Bréfritari: Gunnlaugur Oddsson
Dagsetning: A-1892-02-07
Skrifað á: Glasgow, Skotlandi

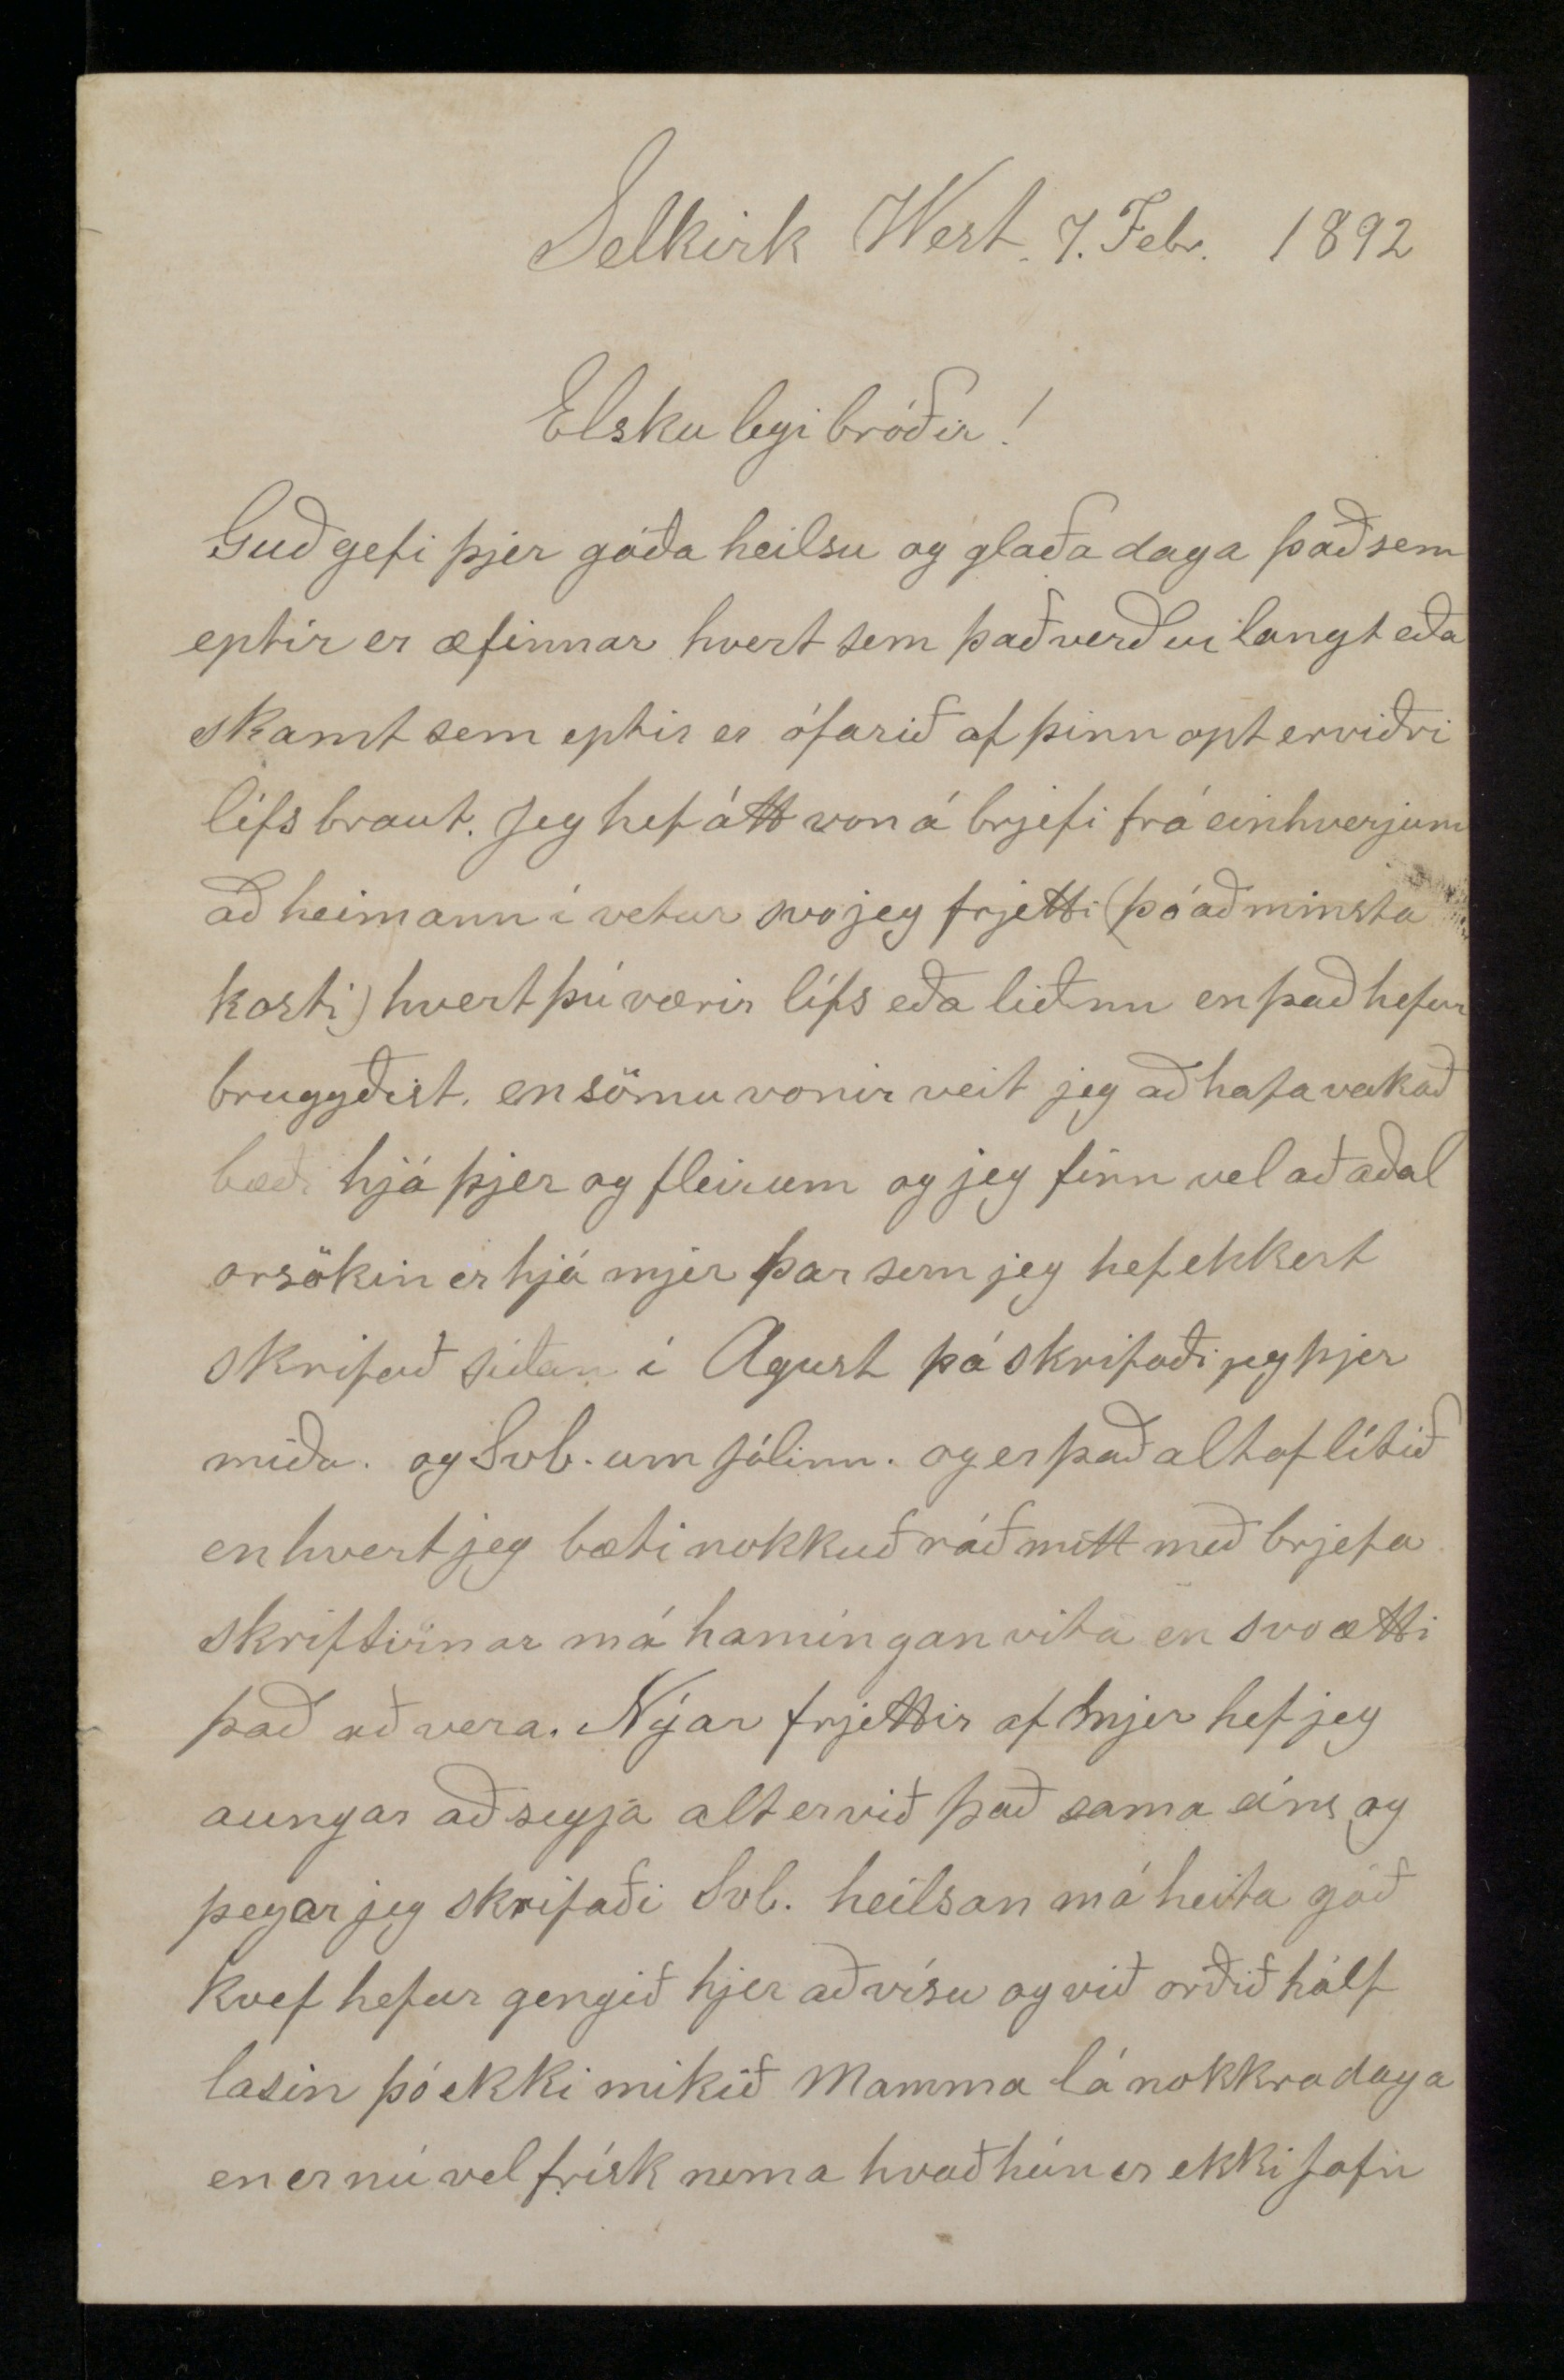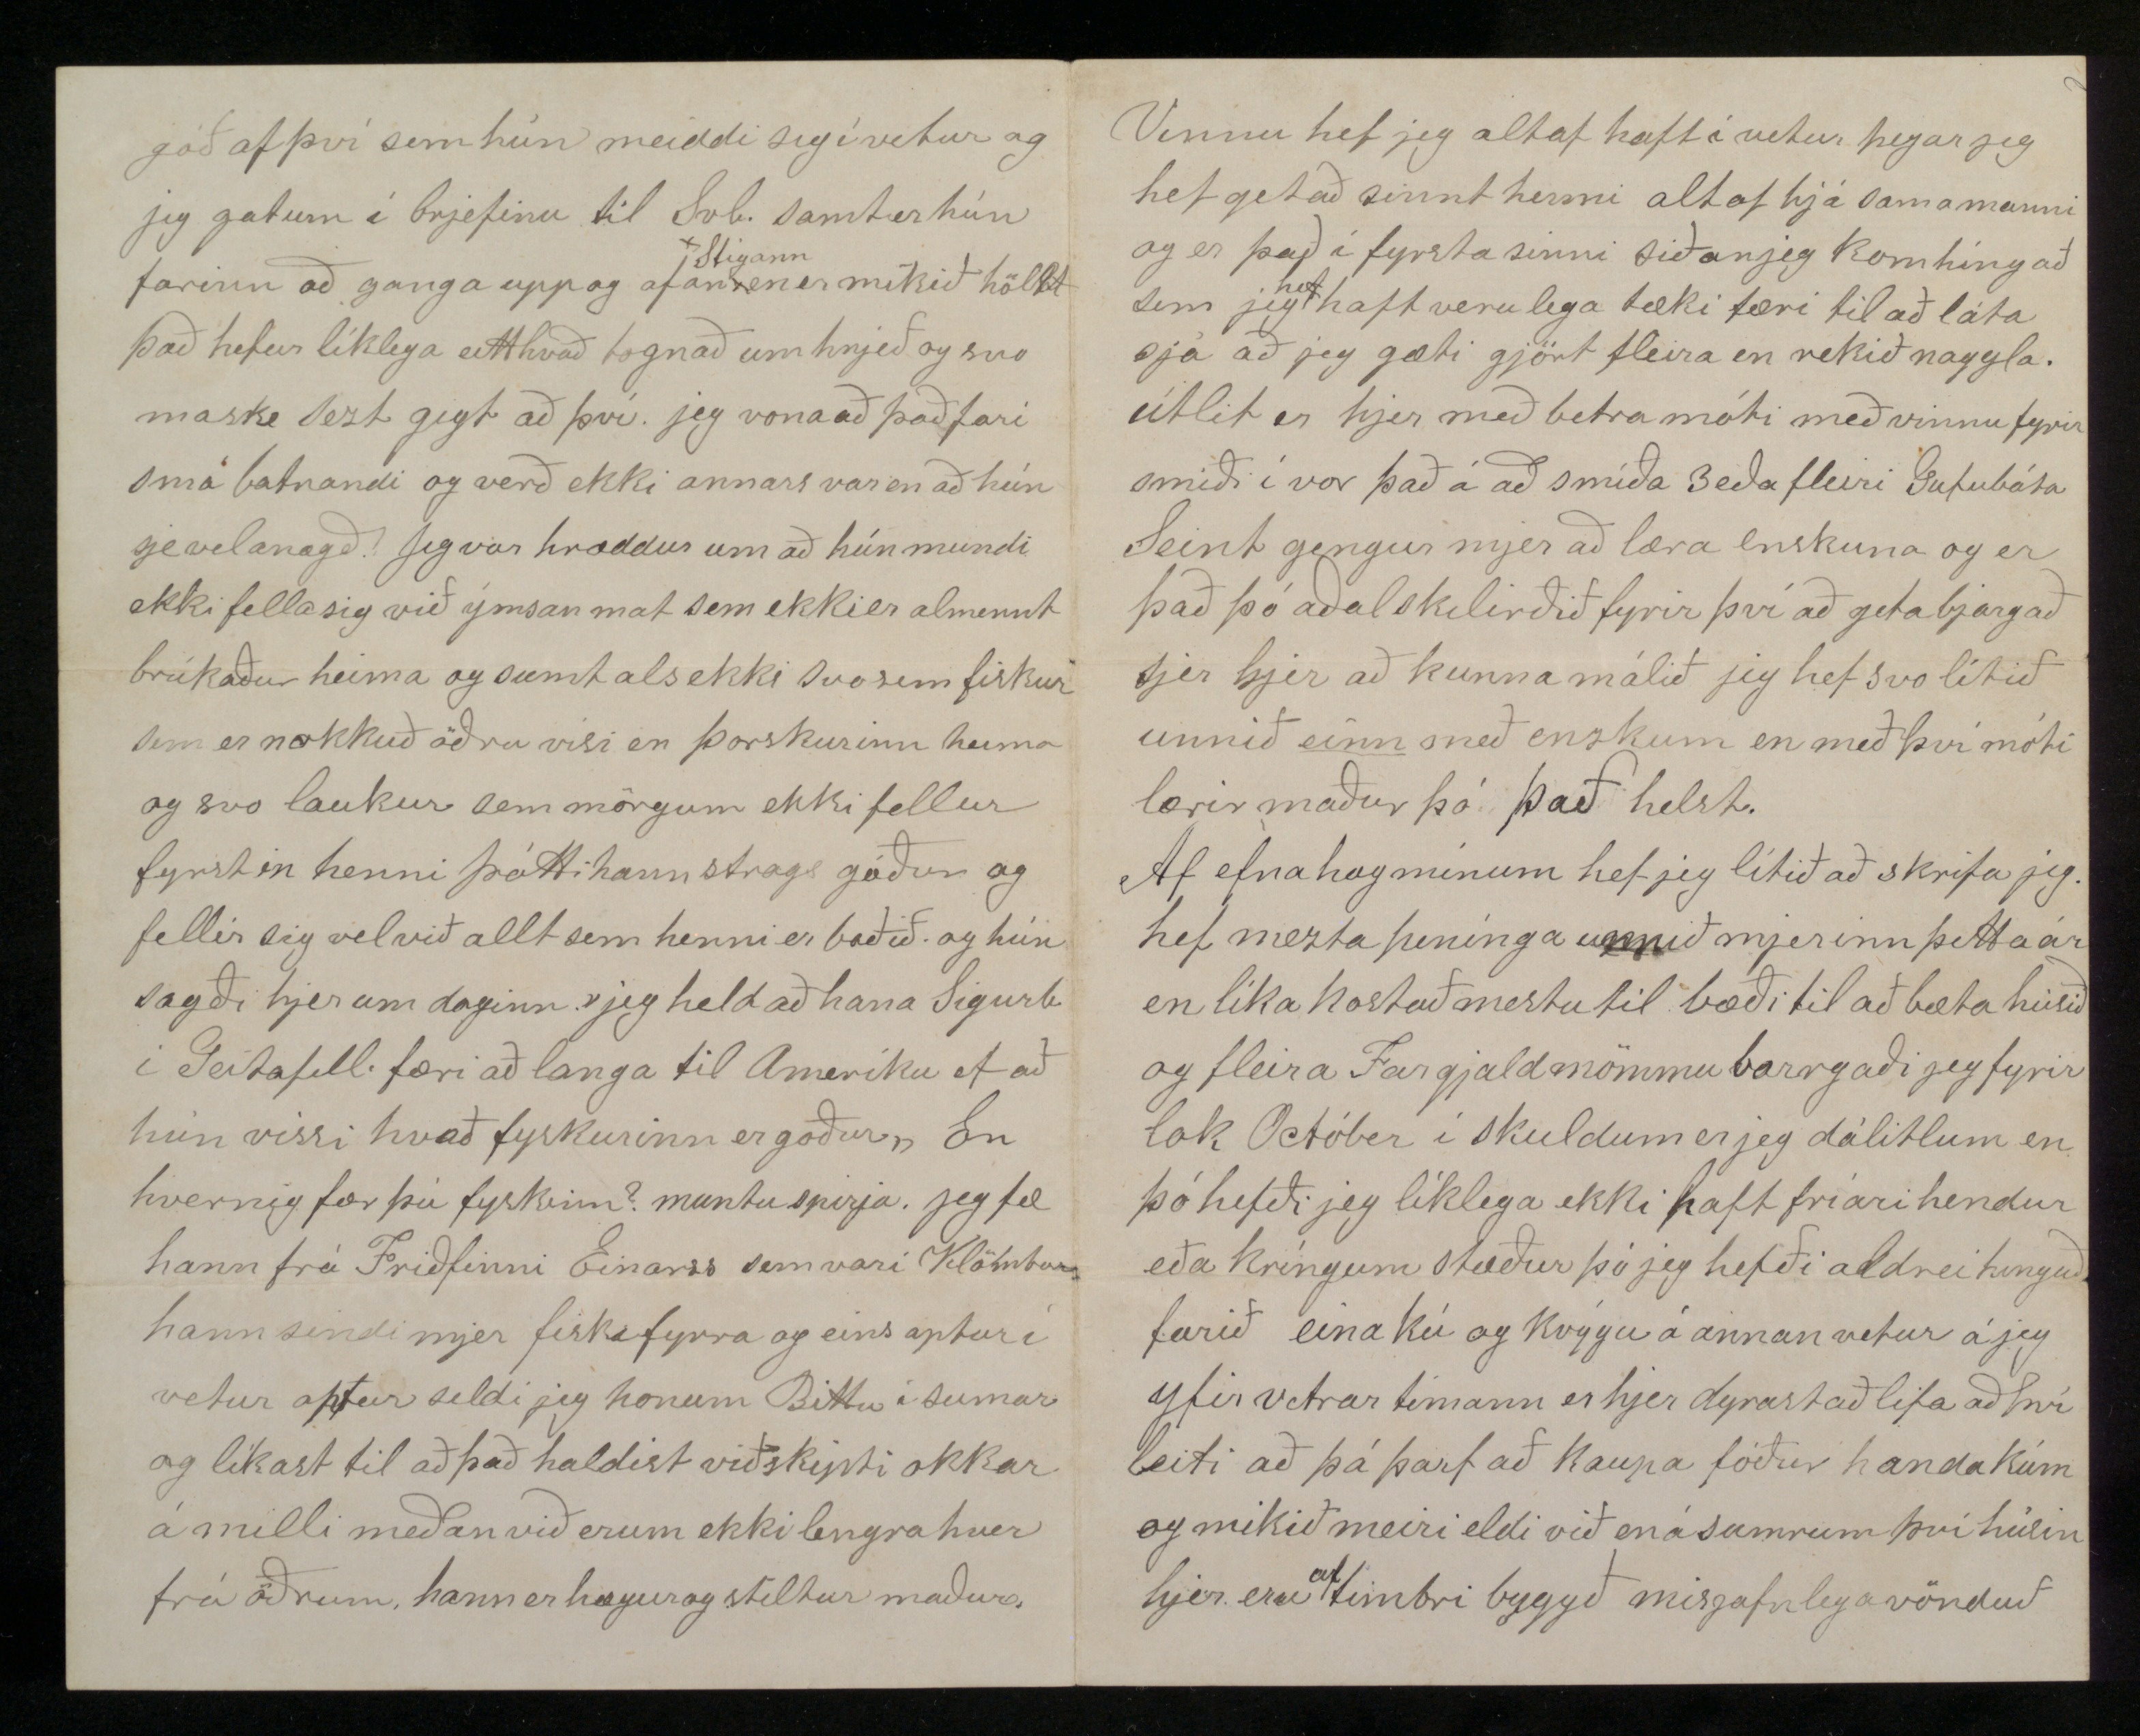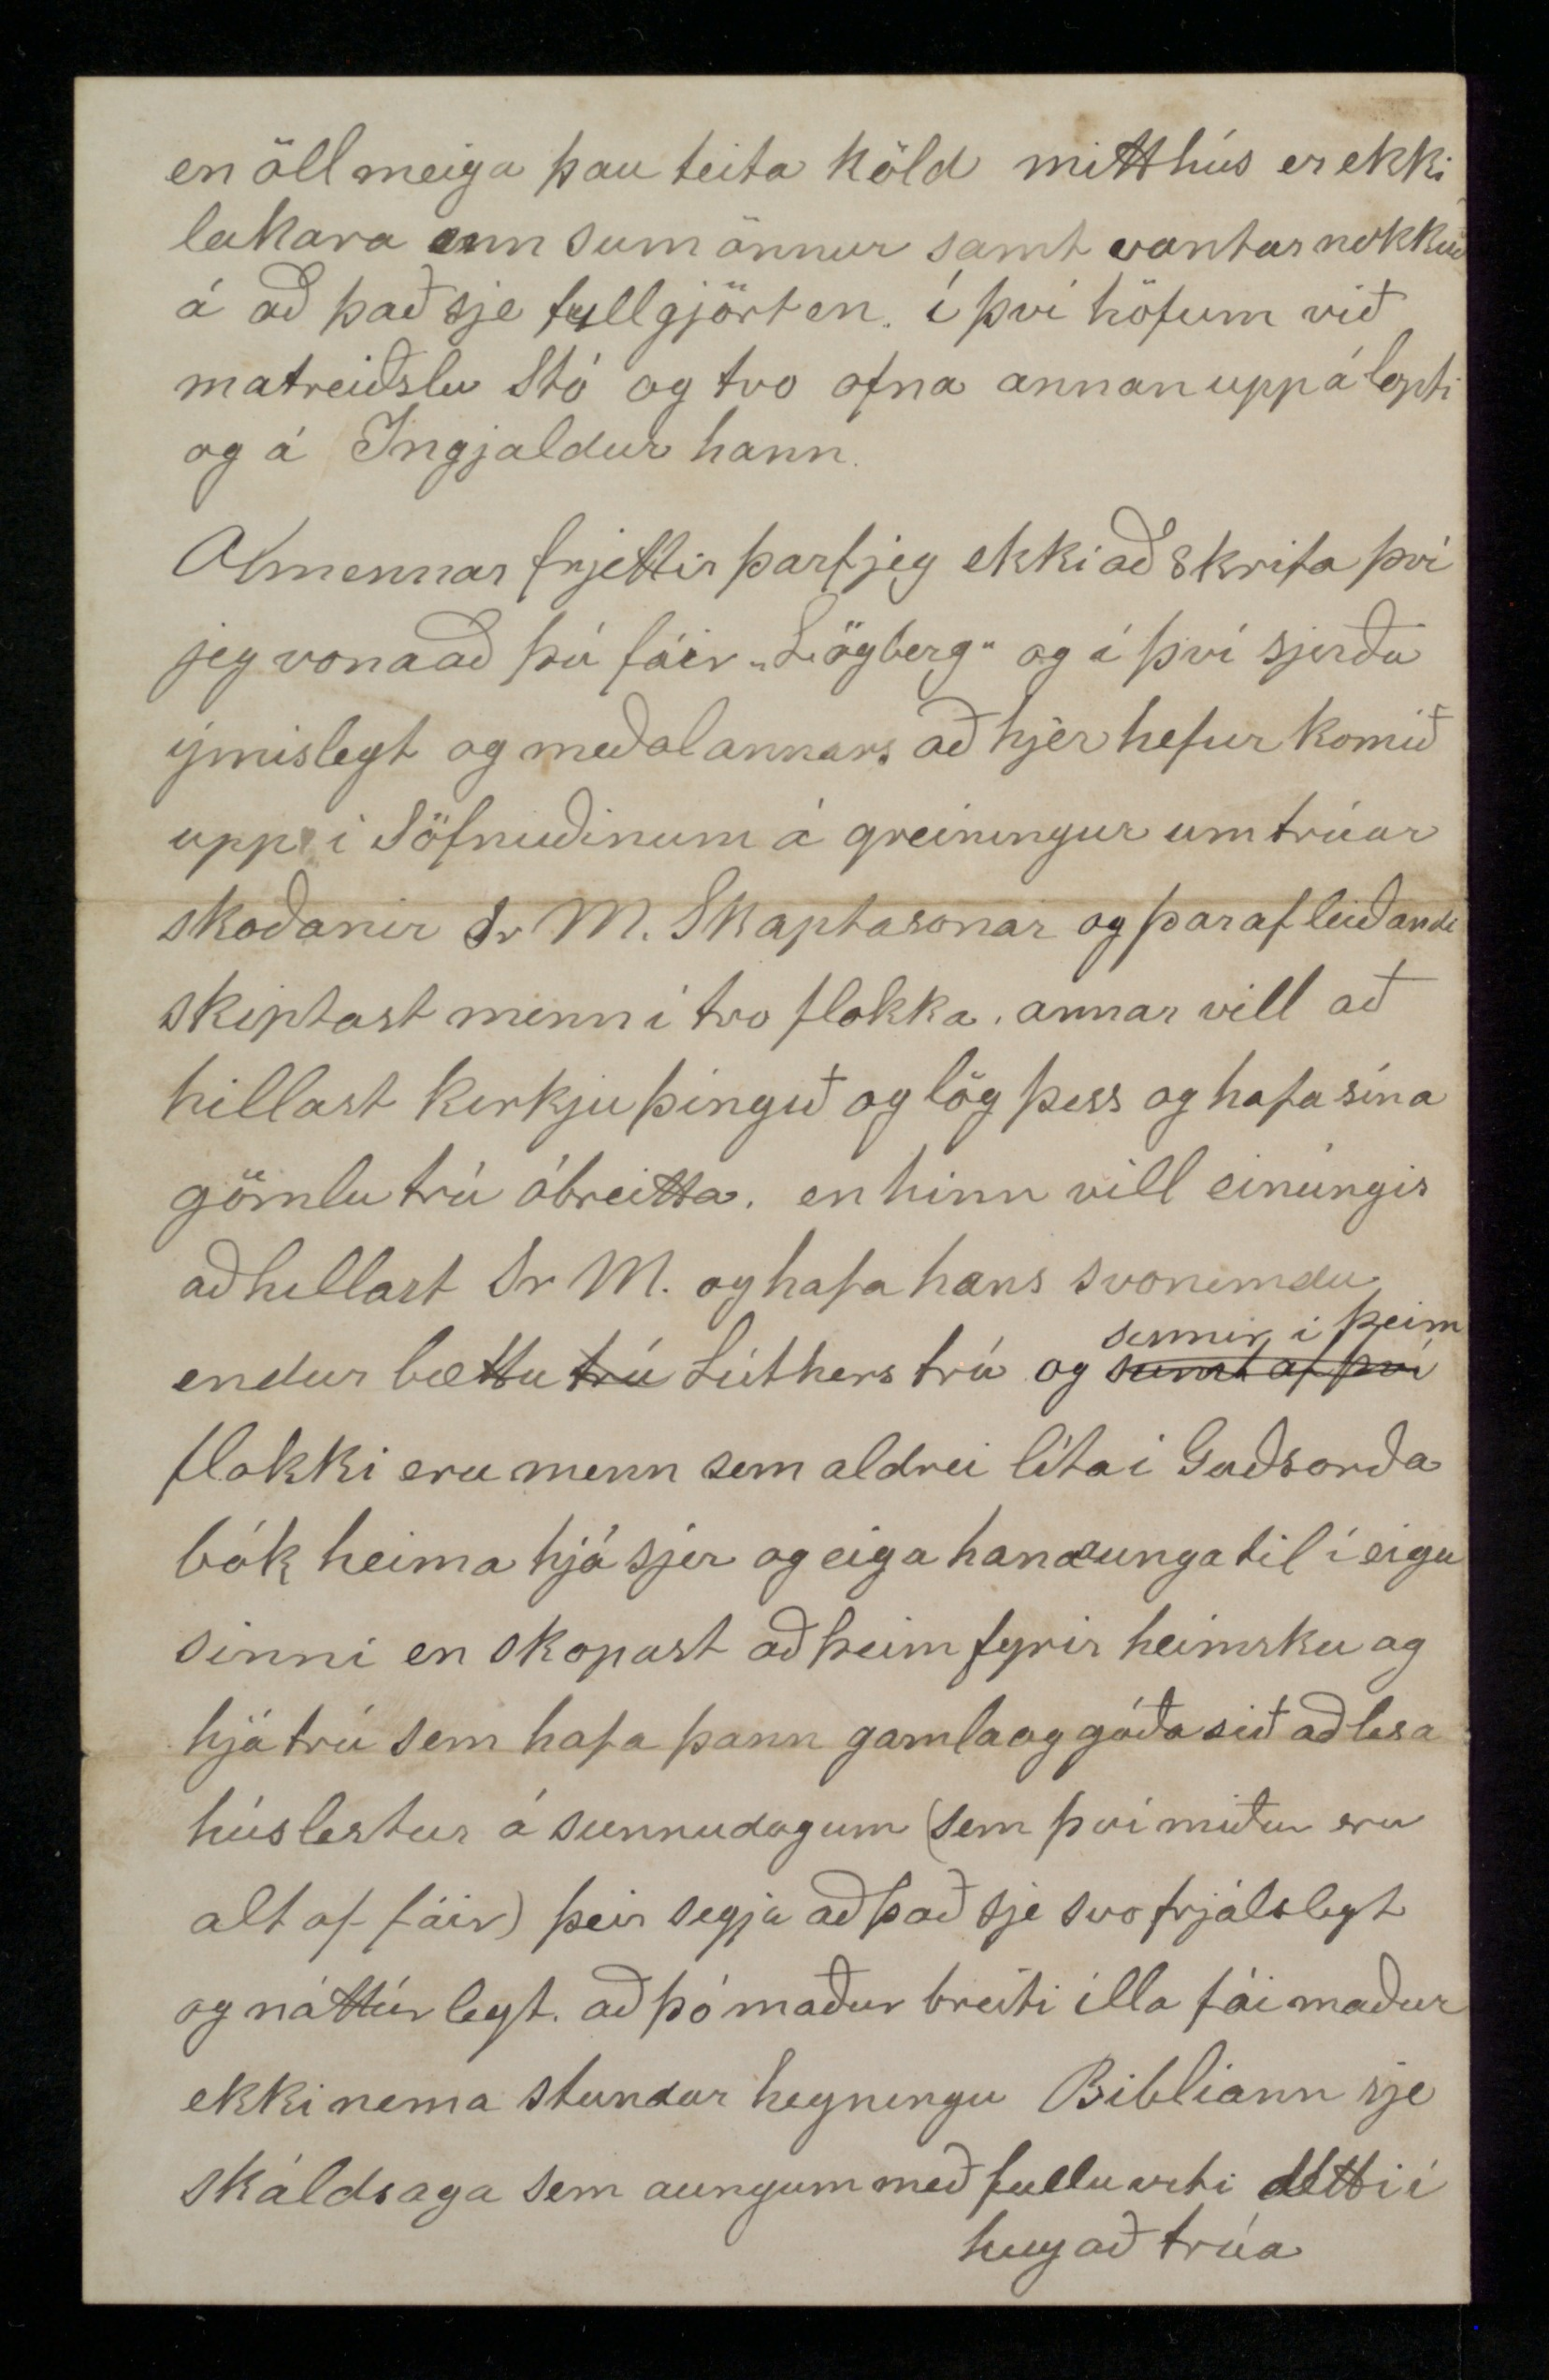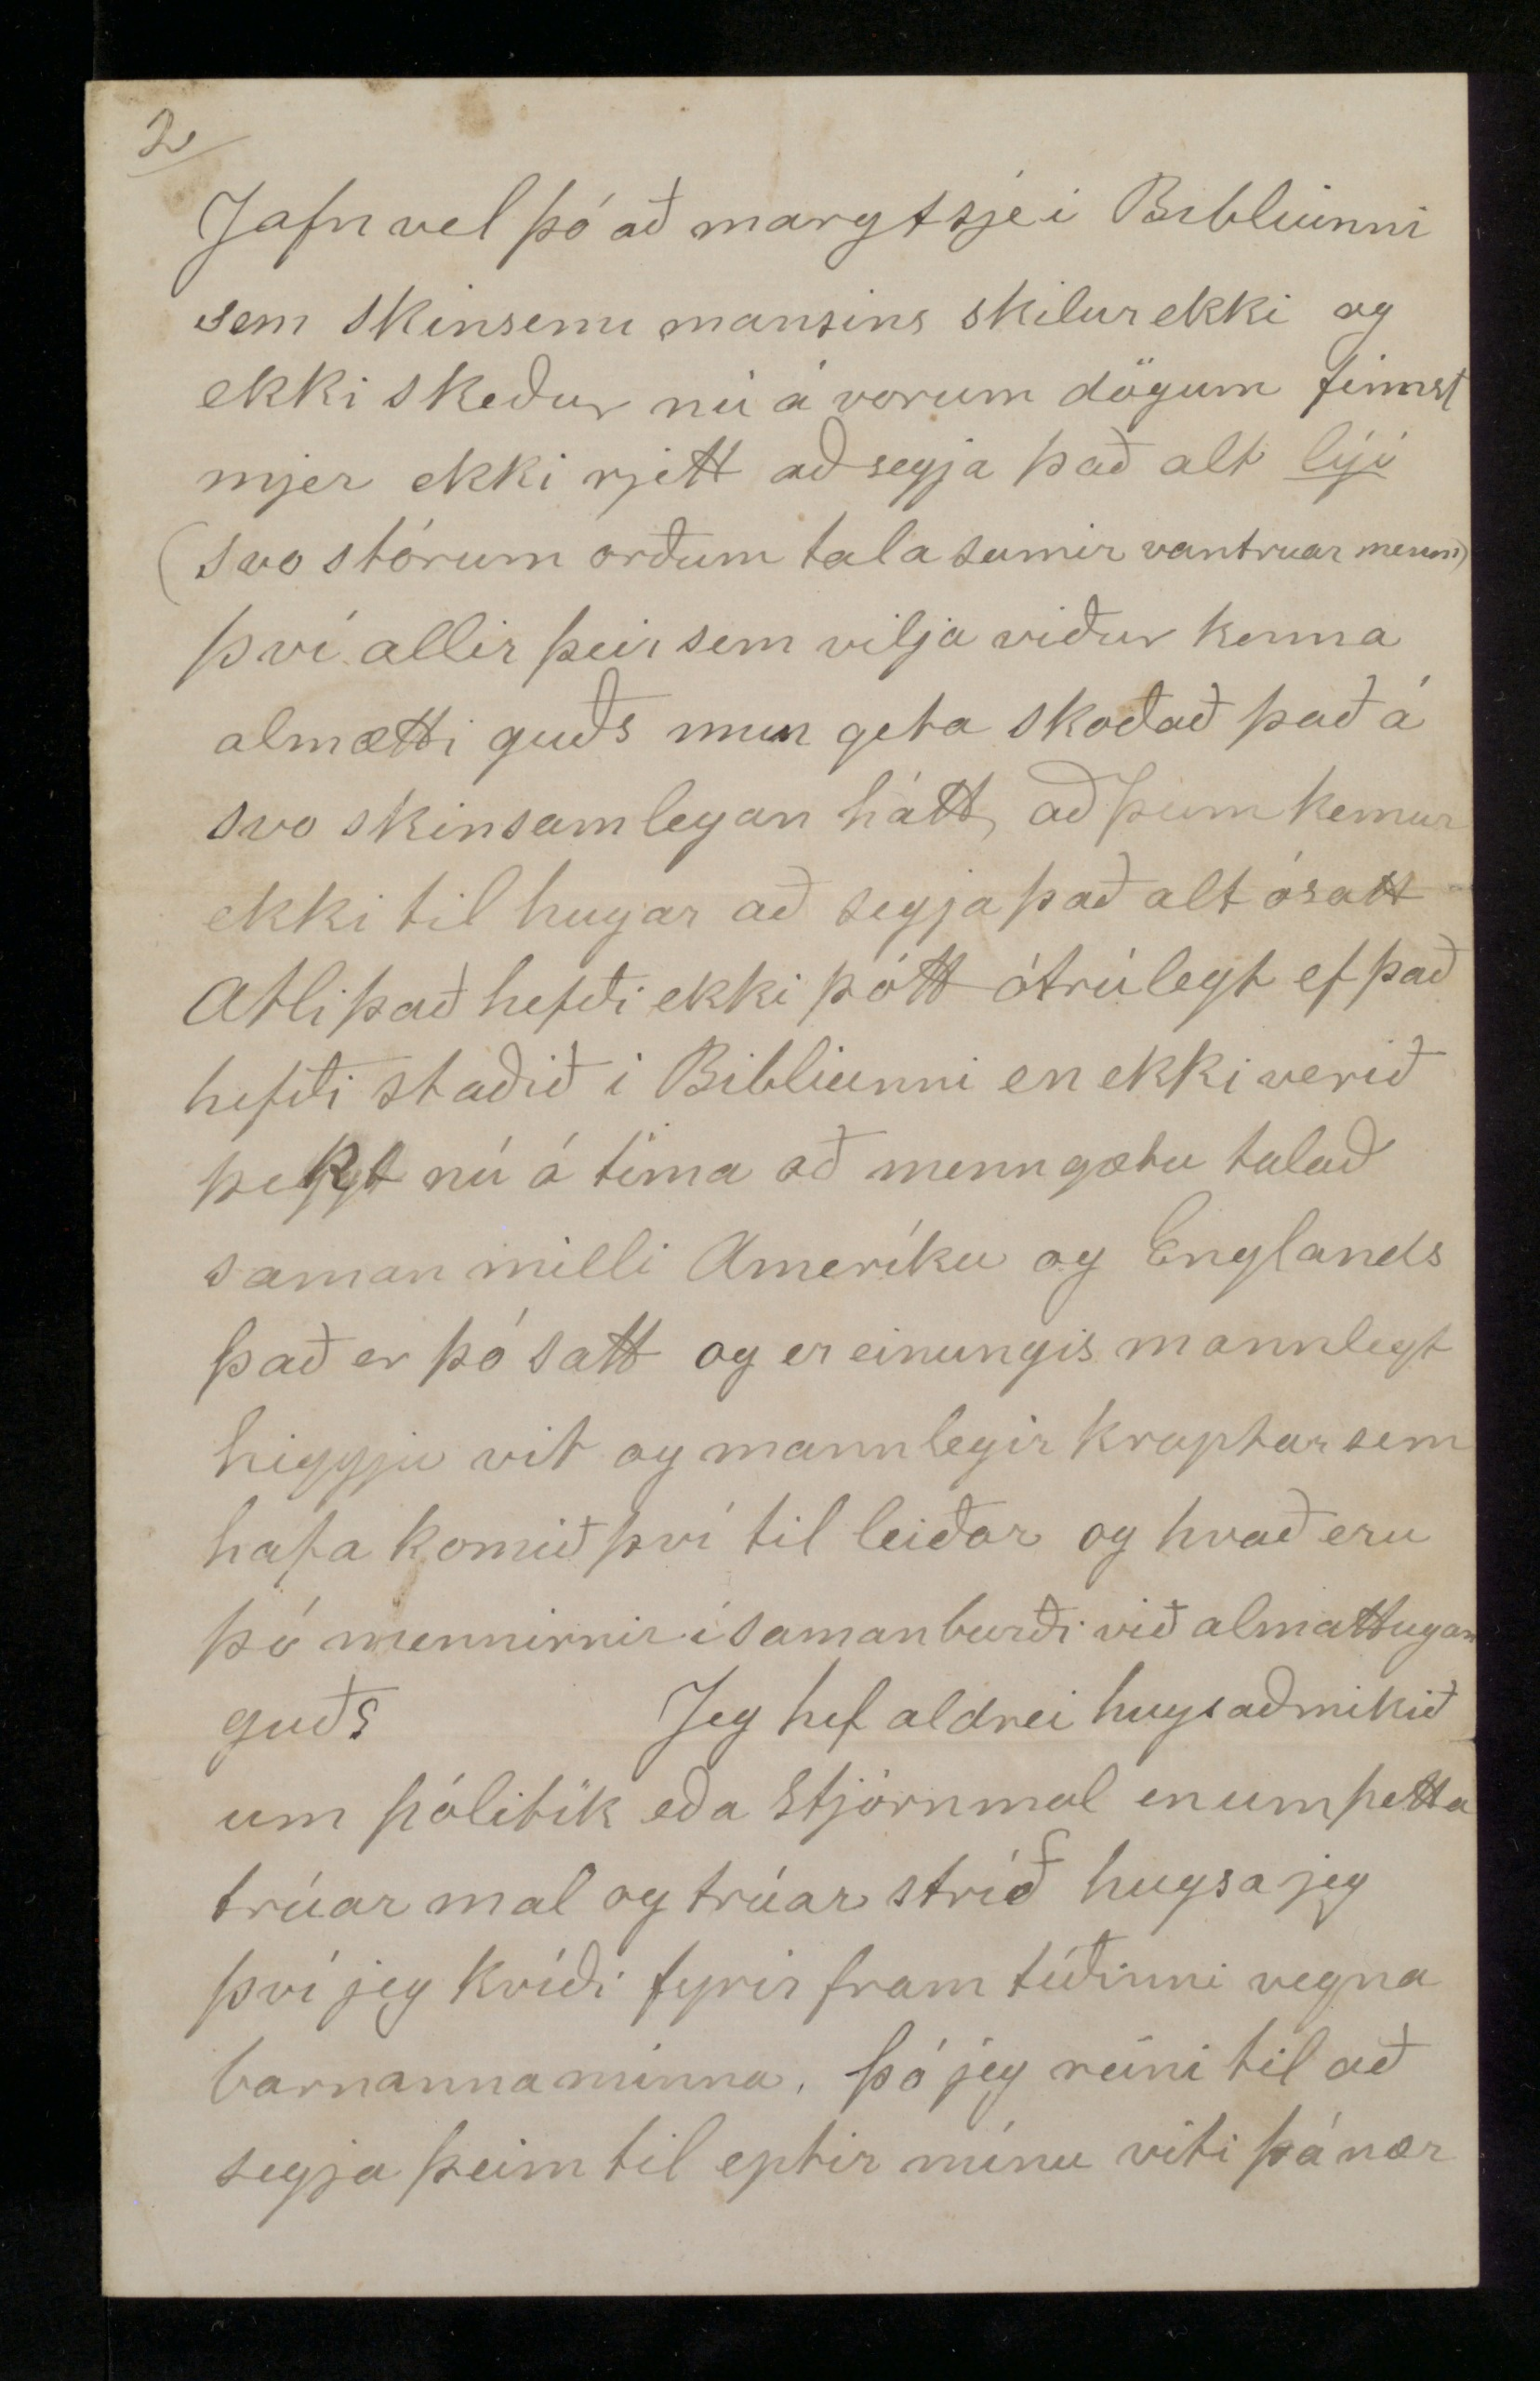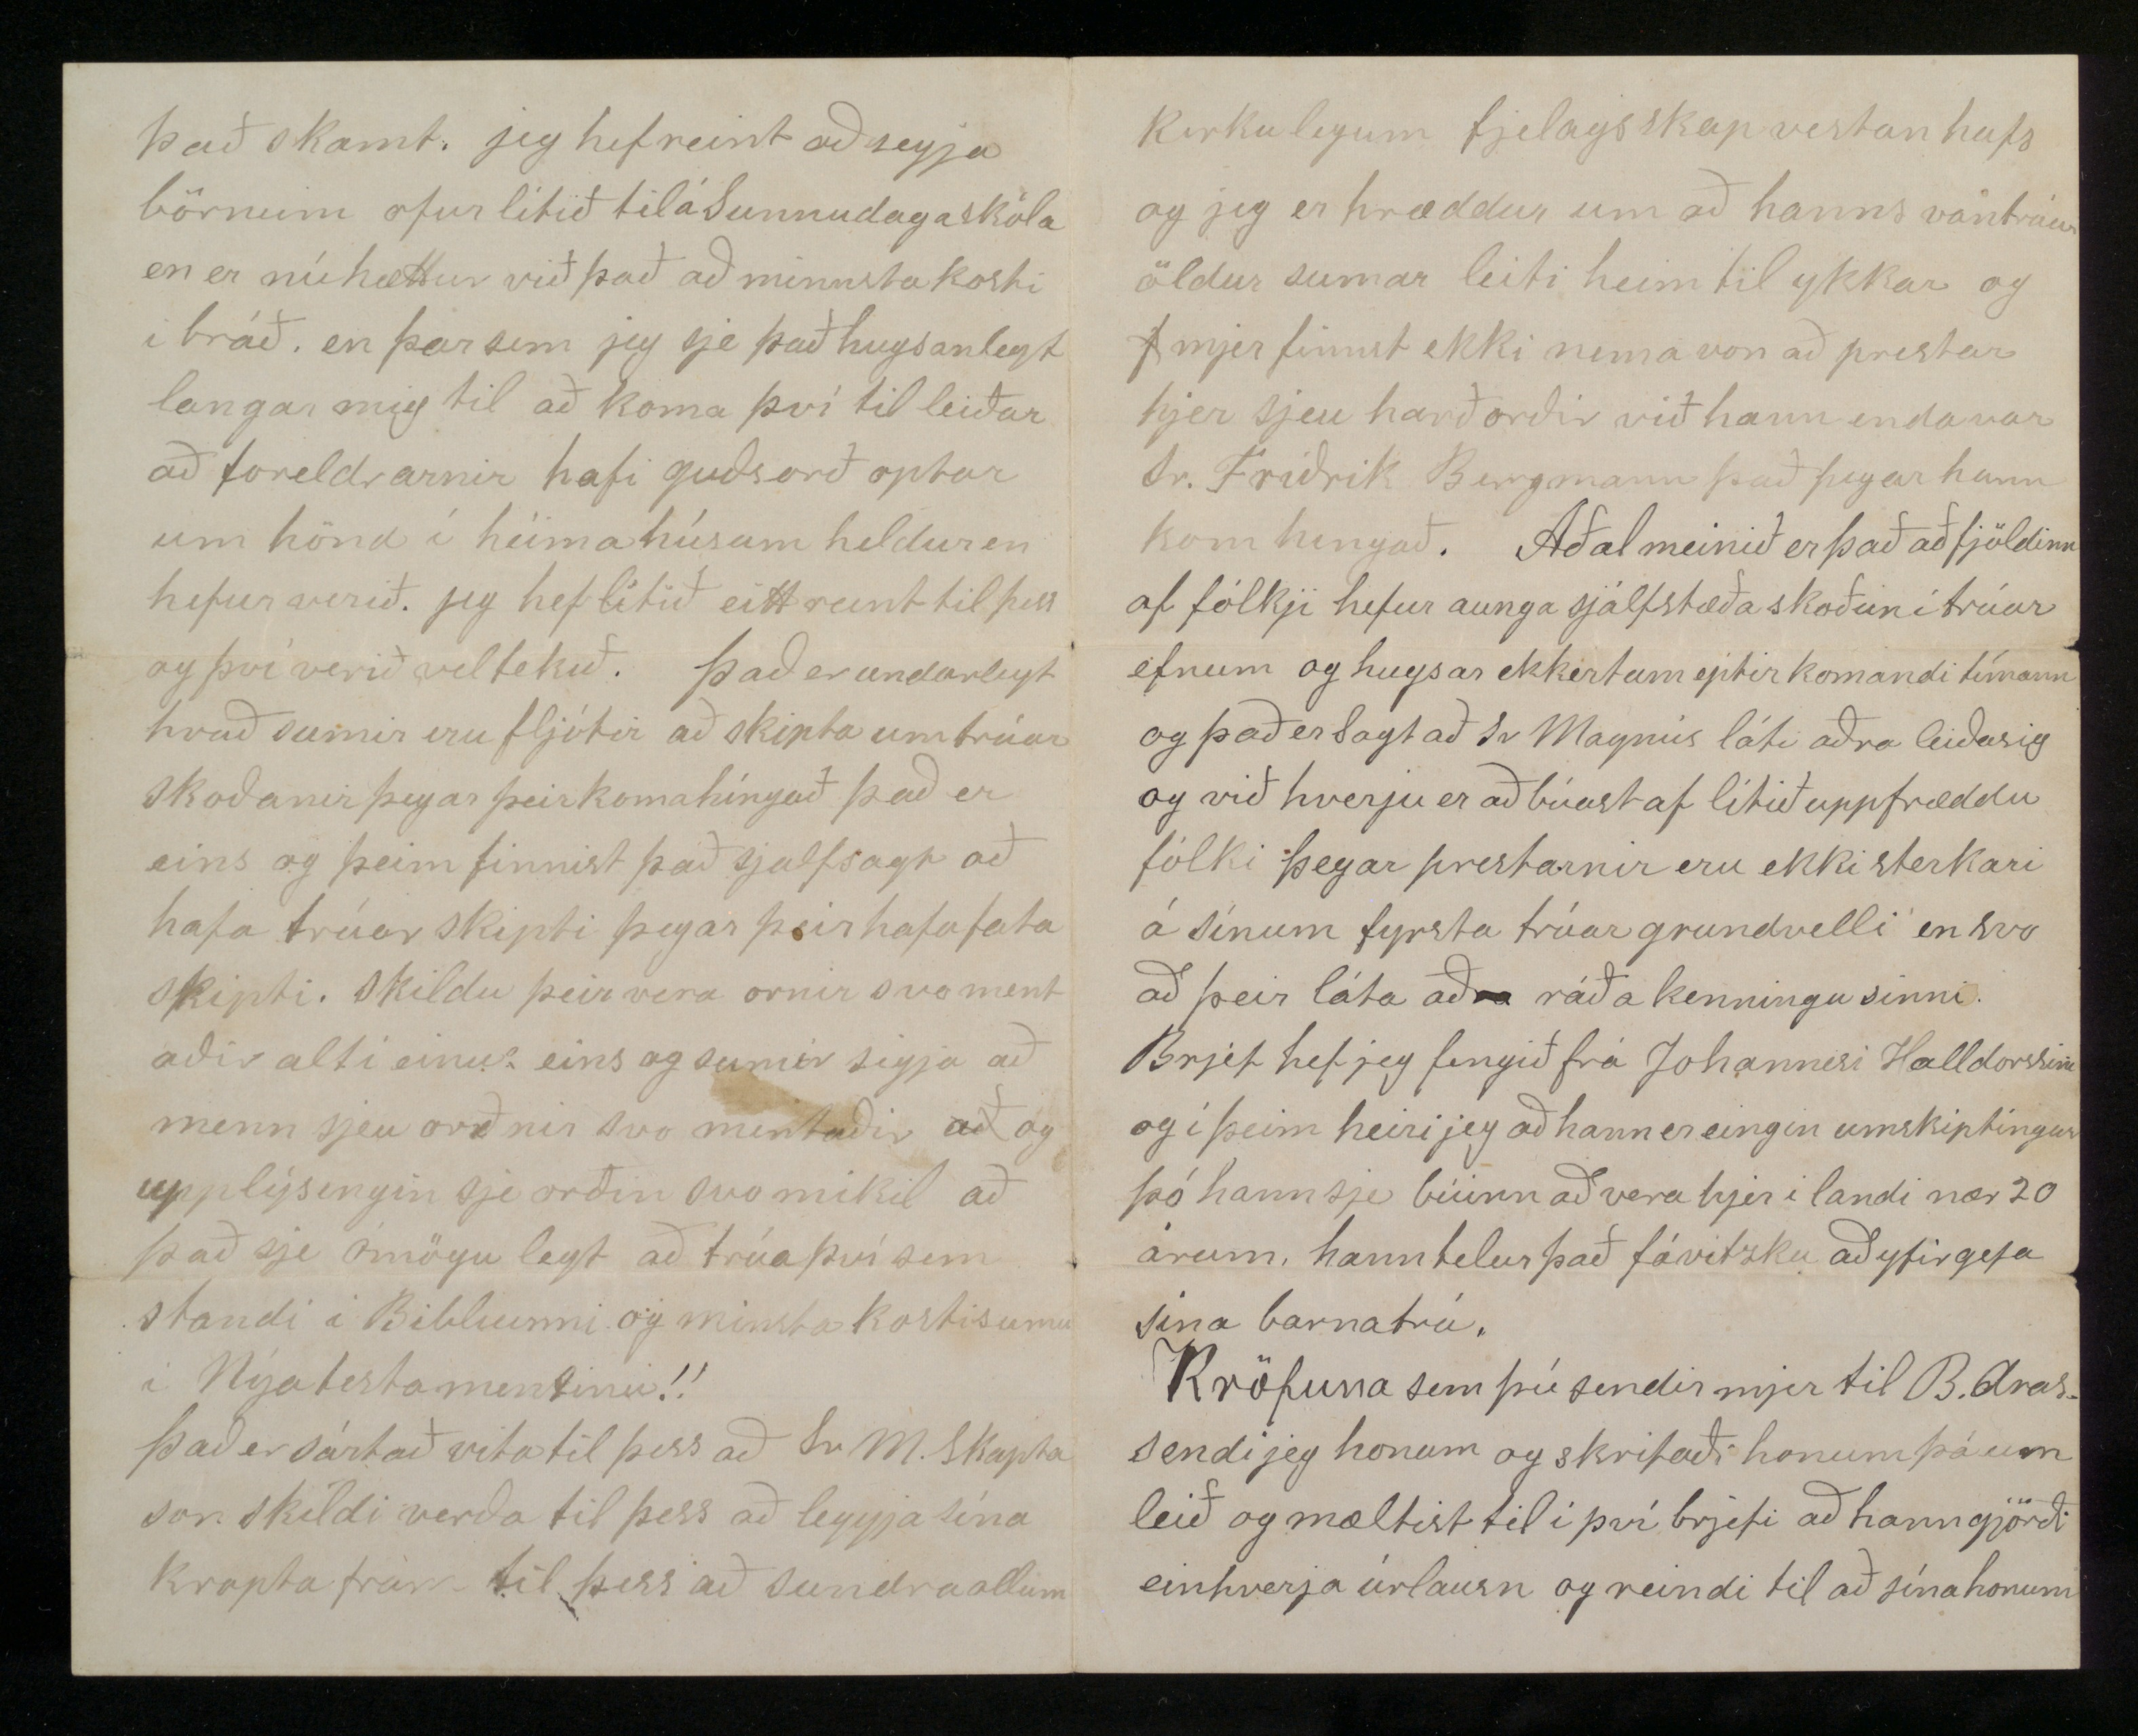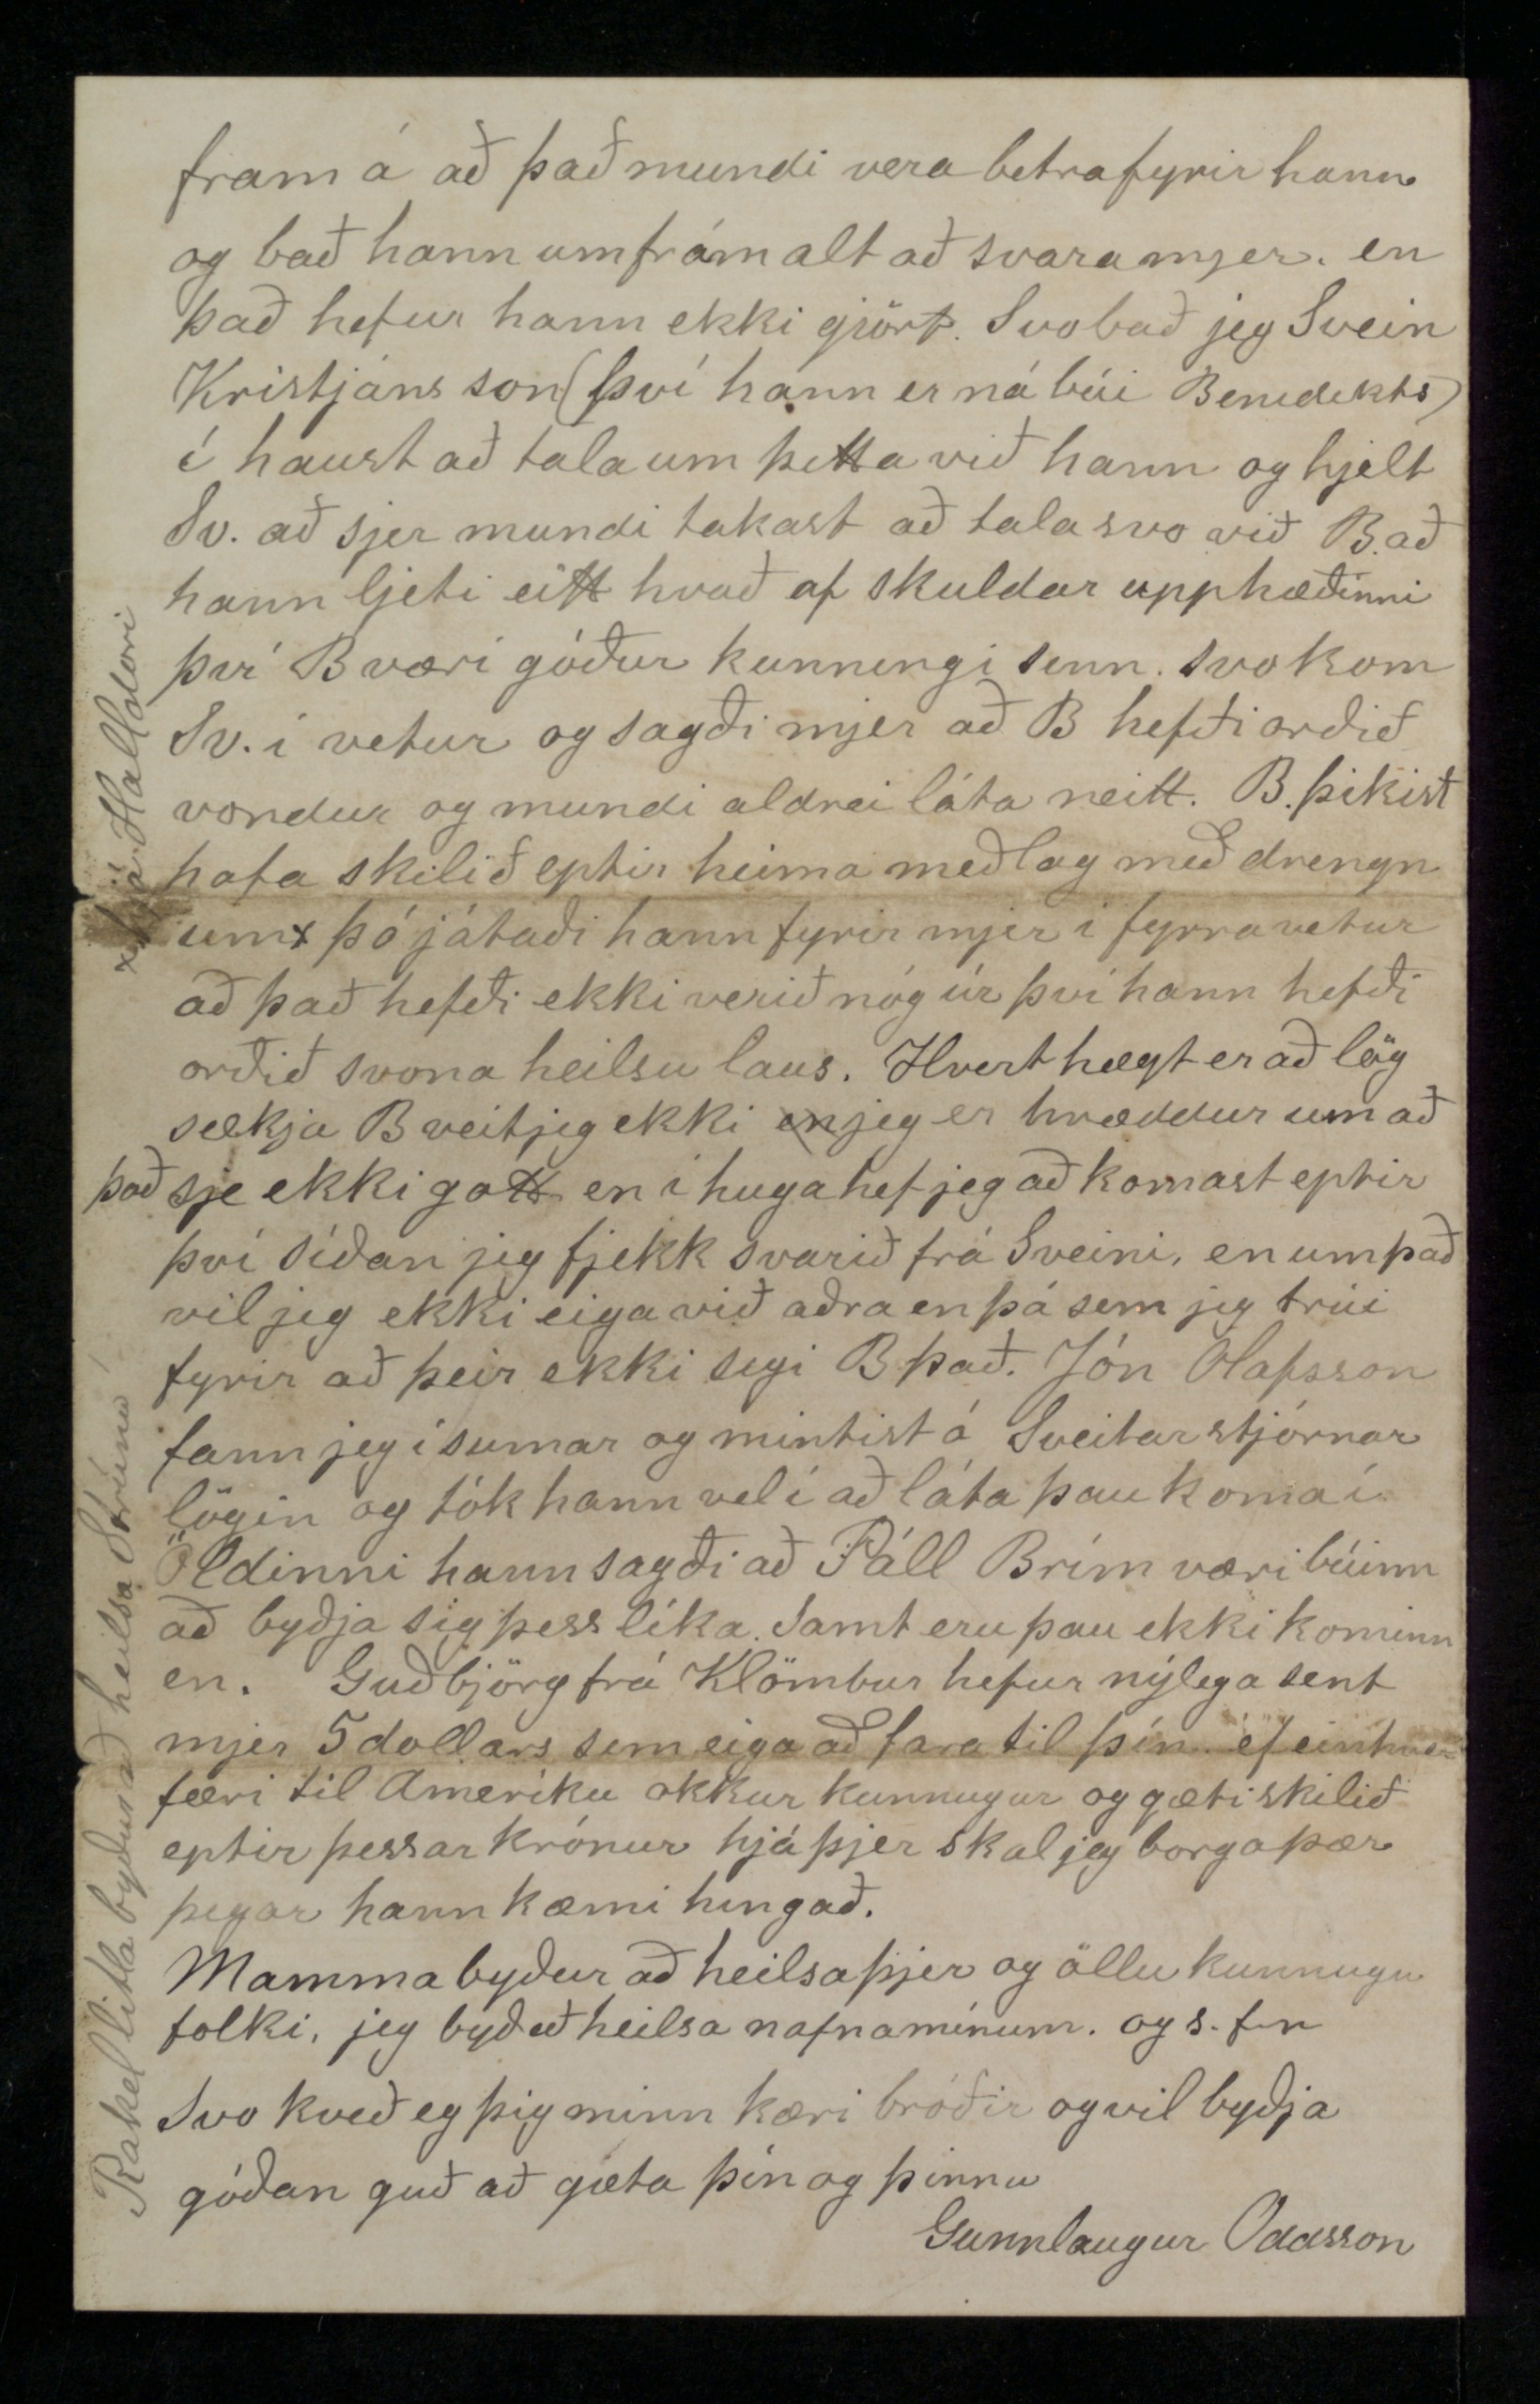

Selkirk West 7. West 1892
Elskulegi bróðir!
Guð gefi þjer góða heilsu og glaða daga það sem eptir er æfinnar hvert sem það verður langt eða skamt sem eptir er ófarið af þinn opt erviðri lífsbraut. Jeg hef átt von á brjefi frá einhverjum að heimann í vetur svo jeg frjetti (þó að minsta kosti) hvert þú værir lífs eða liðinn en það hefur bruggðist en sömu vonor veit jeg að hafa vakað hjá þjer og fleirum og jeg finn vel að aðal orsökin er hjá mjer þar sem jeg hef ekkert skrifað síðan í August þá skrifaði jeg þjer miða. og Svb. um jólinn og er það altof lítið en hvert jeg bæti nokkuð ráð mitt með brjefa skriftirinar má hamingan vita en svo ætti það að vera. Nýar frjettir af mjer hef jeg aungar að segja alt er við það sama eins og þegar jeg skrifaði Svb. heilsan má heita góð kvef hefur gengið hjer að vísu og við orðið hálf lasin þó ekki mikið Mamma lá nokkra daga en er nú vel frísk nema hvað hún er ekki jafn
góð af því sem hún meiddi sig í vetur og jeg gat um í brjefinu til Svb. samt er hún farinn að ganga upp og ofan
Stigann
en er mikið höllt það hefur líklega eitthvað tognað um hnjeð og svo maske
sezt
gigt að því. jeg vona að það fari smá batnandi og verð ekki annars var en að hún sje vel anægð. Jeg var hræddur um að hún mundi ekki fella sig við ýmsan mat sem ekki er almennt brúkaður heima og sumt als ekki svo sem fiskur sem er nokkuð öðru vísi en þorskurinn heima og svo laukur sem mörgum ekki fellur fyrst en henni þótti hann strags góður og fellir sig vel við allt sem henni er boðið. og hún sagði hjer um daginn "jeg held að hana Sigurb. í Geitafelli færi að langa til Ameríku ef að hún vissi hvað fyskurinn er goður„ En hvernig fær þú fyskinn? muntu spirja. jeg fæ hann frá Friðfinni Einarss sem var í Klömbrum hann sendi mjer fisk i fyrra og eins aptur í vetur aptur seldi jeg honum Bittu í sumar og líkast til að það haldist viðskipti okkar á milli meðan við erum ekki lengra hver frá öðrum hann er hægur og stiltur maður.
Vinnu hef jeg altaf haft í vetur þegar jeg get að sinnt henni altaf hjá sama manni og er það í fyrsta sinni síðan jeg kom híngað sem jeg
hef
haft verulega tækifæri til að láta sjá að jeg gæti gjört fleira en rekið naggla. Útlit er hjer með betra móti með vinnu fyrir smiði í vor það á að smíða 3 eða fleiri Gufubáta Seint gengur mjer að læra enskuna og er það þó aðal skilirðið fyrir því að geta bjargað sjer hjer að kunna málið jeg hef svo lítið unnið
einn
með enskum en með því móti lærir maður þó það helst.
Af efnahag mínum hef jeg lítið að skrifa jeg hef mesta penínga unnið mjer inn þetta ár en líka kostað mestu til bæði til að bæta húsið og fleira. Fargjald mömmu borgaði jeg fyrir lok Octóber í skuldum er jeg dálitlum en þó hefði jeg líklega ekki haft fríari hendur eða kríngum stæður þó jeg hefði aldrei hingað farið eina kú og kvýgu á annan vetur á jeg yfir vetrar tímann er hjer dyrast að lifa að því leiti að þá þarf að kaupa fóður handa kúm og mikið meiri eldi við en á sumrum því húsin hjer eru
af
timbri byggð misjafnlega vönduð
en öll meiga þau heita köld mitt hús er ekki lakara enn sum önnur samt vantar nokkuð á að það sje fullgjört en í því höfum við matreiðslu Stó og tvo ofna annan upp á lopti og á Ingjaldur hann.
Almennar frjettir þarf jeg ekki að skrifa því jeg vona að þú fári „Lögberg" og í því sjerðu ýmislegt og meðal annars að hjer hefur komið upp í Söfnuðinum á greiningur um trúar skoðanir Sr M. Skpatasonar og þar af leiðandi skiptast menn í tvo flokka annar vil að hillast kirkjuþingið og lög þess og hafa sína gömlu trú óbreitta. en hinn vill einúngis aðhillast Sr M. og hafa hans svonemdu endur bættu
trú
Lúthers trú og
sumt af því
sumir í þeim
flokki eru menn sem aldrei líta í Guðsorða bók heima hjá sjer og eiga hana aunga til í eigu sinni en skopast að þeim fyrir heimsku og hjátrú sem hafa þann gamla og góða sið að lesa húslestur á sunnudogum (sem því miður eru alt of fáir) þeir segja að það sje svo frjálslegt og náttúrlegt að þó maður breiti ílla fái maður ekki nema stundar hegningu Biblían sje skáldsaga sem aungum með fullu viti detti í hug að trúa
Jafnvel þó að margt sje í Bibliunni sem skinsemi mansins skilur ekki og ekki skeður nú á vorum dögum finnst mjer ekki rjett að segja það alt
lýi
(svo stórum orðum tala sumir vantruar menn) því allir þeir sem vilja viður kenna almætti guðs mun geta skoðað það á svo skinsamlegan hátt að þeim kemur ekki til hugar að segja það alt ósatt Atli það hefði ekki þótt ótrúlegt ef það hefði staðið í Biblíunni en ekki verið þekt nú á tíma að menn gætu talað saman milli Ameríku og Englands það er þó satt og er einungis mannlegt higgju vit og mannlegir kraptar sem hafa komið því til leiðar og hvað eru þó mennirnir í samanburði við almattugan guð? Jeg hef aldrei hugsað mikið um pólitík eða stjórnmal en um þetta trúarmal og trúarstríð hugsa jeg því jeg kvíði fyrir fram tíðinni vegna barnanna minna. þó jeg reini til að segja þeim til eptir mínu viti þá nær
það skamt. jeg hef reint að segja börnum ofur lítið til á Sunnudagaskóla en er nú hættur við það að minnsta kosti í bráð. en þar sem jeg sje það hugsanlegt langar mig til að koma því til leiðar að foreldrarnir hafi guðsorð optar um hönd í heimahúsum heldur en hefur verið. jeg hef lítið eitt reint til þess og því verið vel tekið. það er undarlegt hvað sumir eru fljótir að skipta um trúar skoðanir þegar þeir koma híngað það er eins og þeim finnist það sjalfsagt að hafa trúar skipti þegar þeir hafa fata skipti. Skildu þeir vera ornir svo mentaðir alt í einu eins og sumir segja að menn sjeu orðnir svo mentaðir
að
og upplýsingin sje orðin svo mikil að það sje ómögulegt að trúa því sem standi í Bibliunni og minsta kosti sumu í Nýatestamentinu!!
það er sárt að vita til þess að Sr M. Skaptason skildi verða til þess að leggja sína krapta fram til þess að sundra ollum
kirkulegum fjelagsskap vestan hafs og jeg er hræddur um að hanns vantrúar öldur sumar leiti heim til ykkar og
þ
mjer finnst ekki nema von að prestar hjer sjeu harðorðir við hann enda var Sr. Friðrik Bermann það þegar hann kom hingað. Aðalmeinið er það að fjöldinn af fólkji hefur aunga sjálfstæða skoðun í trúar efnum og hugsar ekkert um eptir komandi tímann og það er sagt að Sr Magnús láti aðra leiða sig og við hverju er að búast af lítið uppfræddu fólki þegar prestarnir eru ekki sterkari á sínum fyrsta trúargrundvelli en svo að þeir láta aðra ráða kenningu sinni. Brjef hef jeg fengið frá Johannesi Halldorssini og í þeim heiri jeg að hann er eingin umskiptingur þó hann sje búinn að vera hjer í landi nær 20 árum, hann telur það fávitzku að yfirgefa sína barnatrú.
Kröfuna sem þú sendir mjer til B. Aras. sendi jeg honum og skrifaði honum þá um leið og mæltist til í því brjefi að hann gjörði einhverja úrlausn og reindi til að sína honum
fram á að það mundi vera betra fyrir hann og bað hann umfram alt að svara mjer en það hefur hann ekki gjört. Svo bað jeg Svein Kristjáns son (því hann er nábúi Benidikts) í haust að tala um þetta við hann og hjelt Sv. að sjer mundi takast að tala svo við B. að hann ljeti eitt hvað af skuldar upphæðinni því B væri góður kunningi sinn svo kom Sv. í vetur og sagði mjer að B hefði orðið vondur og mundi aldrei láta neitt. B. þikist hafa skilið eptir heima meðlag með drengnum
hjá Halldori
þó játaði hann fyrir mjer í fyrra vetur að það hefði ekki verið nóg úr því hann hefði orðið svona heilsu laus. Hvert hægt er að lög sækja B veit jeg ekki
en
jeg er hræddur um að
það
sje ekki gott en í huga hef jeg að komast eptir því síðan jeg fjekk svarið frá Sveini, en um það vil jeg ekki eiga við aðra en þá sem jeg trúi fyrir að þeir ekki segi B það. Jón Olafsson fann jeg í sumar og mintist á Sveitastjórnar lögin og tók hann vel í að láta þau koma í Öldinni hann sagði að Páll Brím væri búinn að byðja sig þess líka. Samt eru þau ekki kominn en. Guðbjörg frá Klömbur hefur nýlega sent mjer 5 dollars sem eiga að fara til þín ef einhver færi til Ameríku okkur kunnugur og gæti skilið eptir þessar krónur hjá þjer skal jeg borga þær þegar hann kæmi hingað.
Mamma byður að heilsa þjer og öllu kunnugu folki, jeg byð að heilsa nafna mínum og s.
frv
Svo kveð eg þig minn kæri bróðir og vil byðja góðan guð að gæta þín og þinna
Gunnlaugur Oddsson
Rakel litla byður að heilsa Strúnu